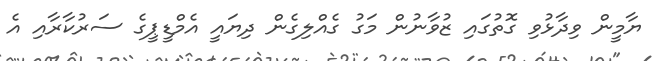
ޔާމީން ވިދާޅުވި ގޮތުގައި ޒުވާނުން މަގު ގެއްލިގެން ދިޔައީ އެމްޑީޕީގެ ސަރުކާރާއި އެ